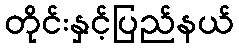
တိုင်းနှင့်ပြည်နယ်